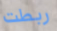
ربطت